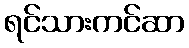
ရင်သားကင်ဆာ